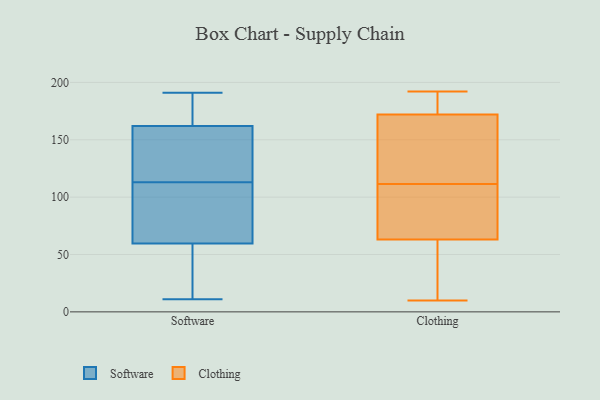
{"axis": {"x": "LTV (USD)", "y": "Value"}, "legend": ["Clothing", "Software"], "data": [{"x": "", "y": 14, "type": "Software"}, {"x": "", "y": 33, "type": "Software"}, {"x": "", "y": 190, "type": "Software"}, {"x": "", "y": 99, "type": "Software"}, {"x": "", "y": 75, "type": "Software"}, {"x": "", "y": 64, "type": "Software"}, {"x": "", "y": 127, "type": "Software"}, {"x": "", "y": 94, "type": "Software"}, {"x": "", "y": 184, "type": "Software"}, {"x": "", "y": 162, "type": "Software"}, {"x": "", "y": 82, "type": "Software"}, {"x": "", "y": 162, "type": "Software"}, {"x": "", "y": 11, "type": "Software"}, {"x": "", "y": 55, "type": "Software"}, {"x": "", "y": 143, "type": "Software"}, {"x": "", "y": 178, "type": "Software"}, {"x": "", "y": 21, "type": "Software"}, {"x": "", "y": 152, "type": "Software"}, {"x": "", "y": 139, "type": "Software"}, {"x": "", "y": 191, "type": "Software"}, {"x": "", "y": 129, "type": "Clothing"}, {"x": "", "y": 186, "type": "Clothing"}, {"x": "", "y": 192, "type": "Clothing"}, {"x": "", "y": 10, "type": "Clothing"}, {"x": "", "y": 20, "type": "Clothing"}, {"x": "", "y": 126, "type": "Clothing"}, {"x": "", "y": 56, "type": "Clothing"}, {"x": "", "y": 183, "type": "Clothing"}, {"x": "", "y": 82, "type": "Clothing"}, {"x": "", "y": 167, "type": "Clothing"}, {"x": "", "y": 63, "type": "Clothing"}, {"x": "", "y": 97, "type": "Clothing"}, {"x": "", "y": 172, "type": "Clothing"}, {"x": "", "y": 75, "type": "Clothing"}]}